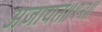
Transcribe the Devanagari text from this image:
अजायत॥१२॥